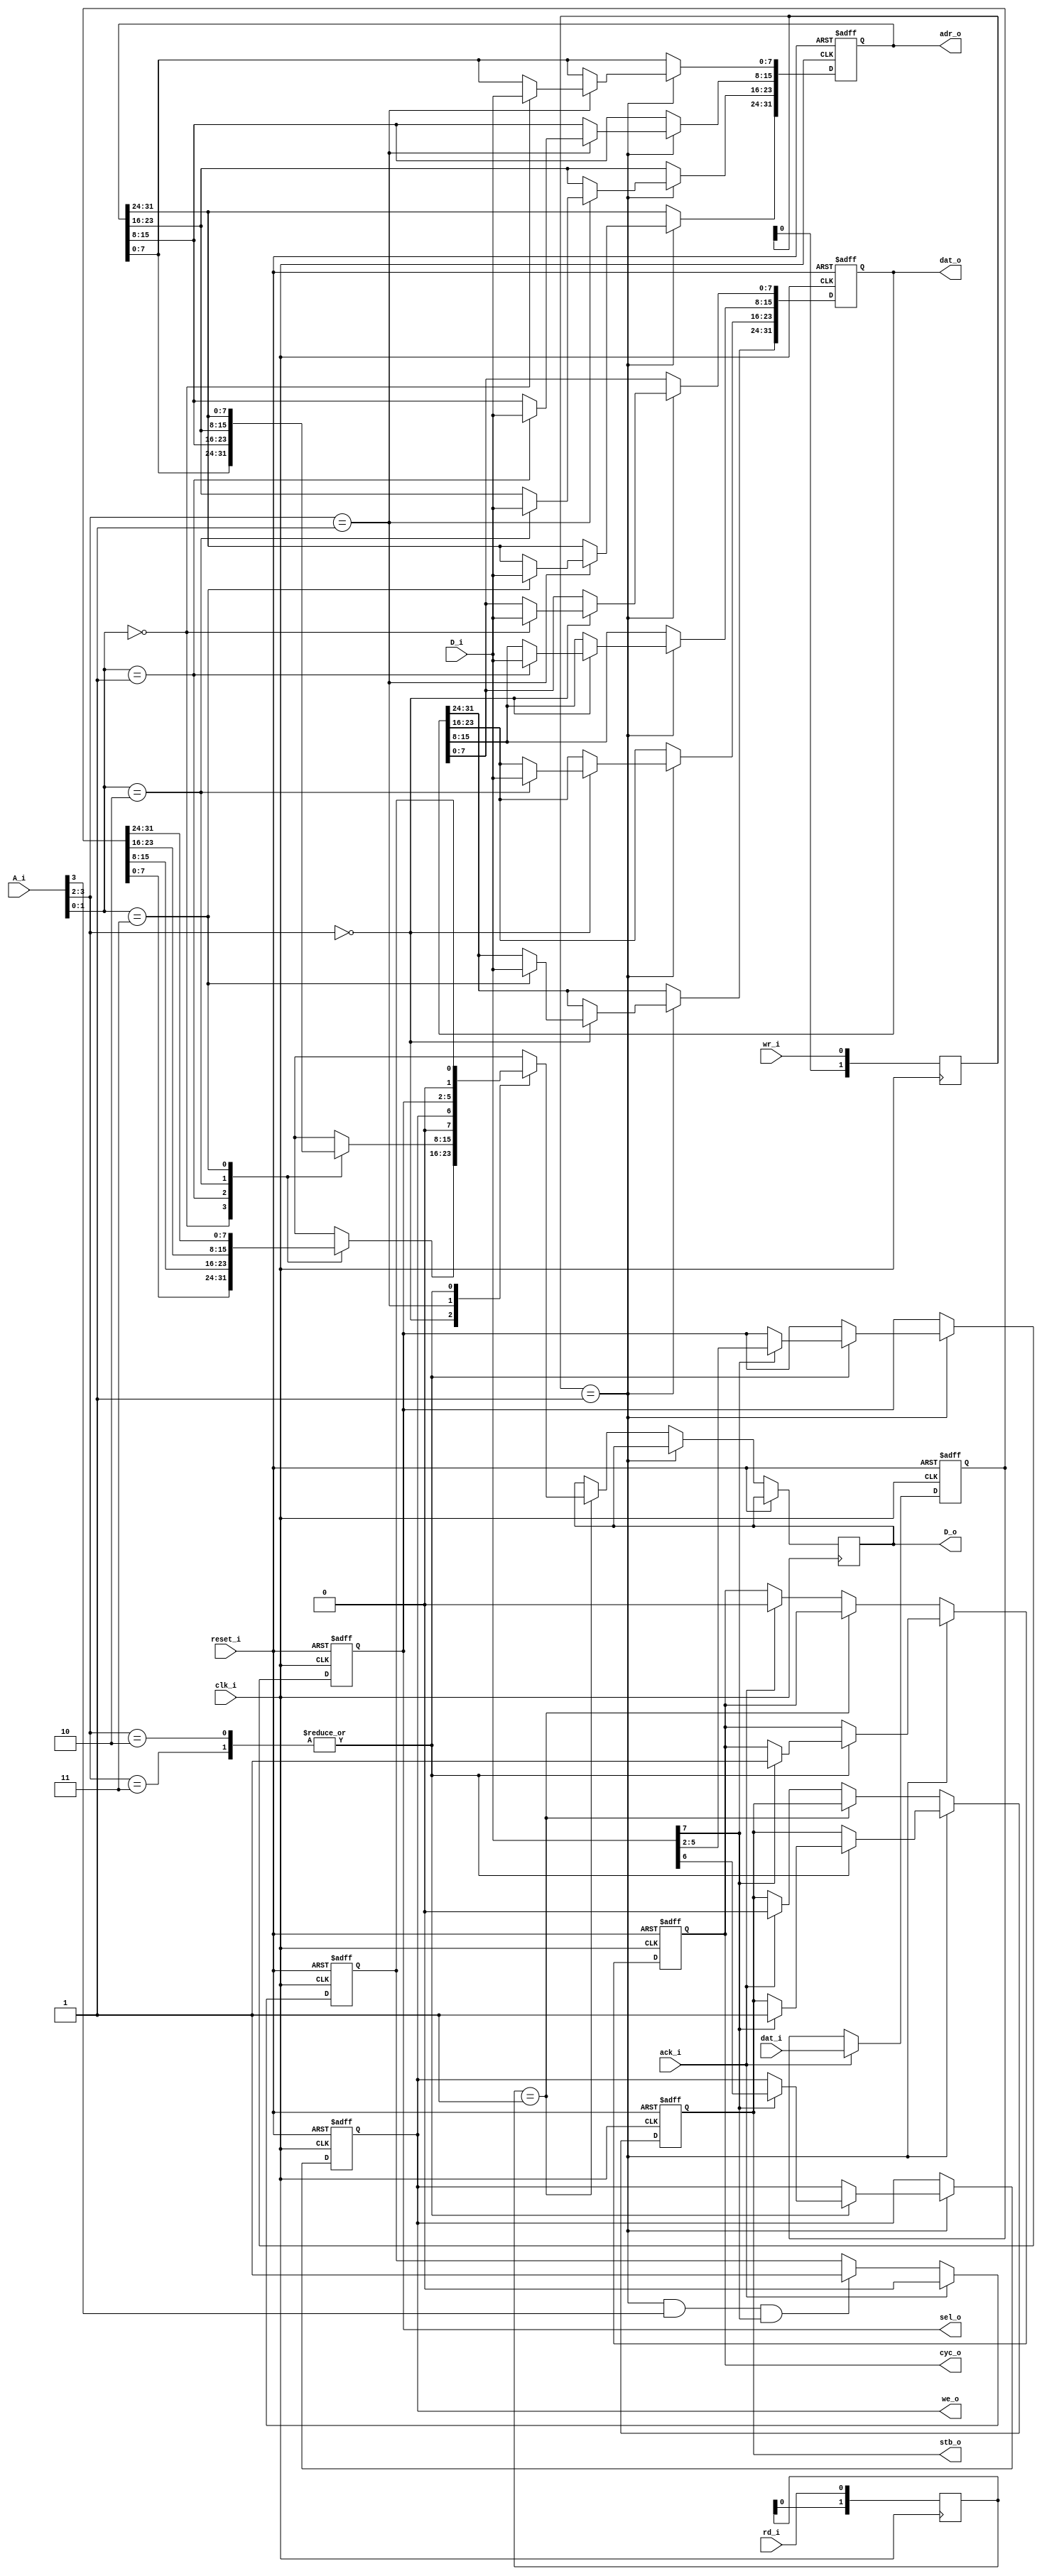
module up2wb ( 
	input wire			clk_i,
	input wire			reset_i,
	input wire 	[3:0] A_i,
	input wire 	[7:0] D_i,
	output reg 	[7:0] D_o,
	input wire 			rd_i,
	input wire 			wr_i,
	output reg [31:0]	adr_o,
	output reg [31:0] dat_o,
	output reg			we_o,
	output reg [3:0]	sel_o,
	output reg 			stb_o,
	output reg			cyc_o,
	input wire [31:0]	dat_i,
	input wire			ack_i
	);
	wire rd_rise, wr_rise;
	reg [1:0] track_rd, track_wr;
	reg [31:0] dat_store;
	reg busy;
	assign rd_rise = (track_rd == 2'b01);
	assign wr_rise = (track_wr == 2'b01);
	always @(posedge clk_i) track_rd <= {track_rd[0],rd_i};
	always @(posedge clk_i) track_wr <= {track_wr[0],wr_i};
	always @(posedge clk_i or posedge reset_i)
	if( reset_i )
	begin
		adr_o <= 32'd0;
		dat_o <= 32'd0;
		we_o <= 1'b0;
		sel_o <= 4'd0;
		stb_o <= 1'b0;
		cyc_o <= 1'b0;
	end else begin
		if( wr_rise )
		begin
			case( A_i[3:2] )
				2'b00: 	
					begin
						case( A_i[1:0] )
							2'b00: dat_o[7:0] <= D_i;
							2'b01: dat_o[15:8] <= D_i;
							2'b10: dat_o[23:16] <= D_i;
							2'b11: dat_o[31:24] <= D_i;
						endcase
					end
				2'b01:	
					begin
						case( A_i[1:0] )
							2'b00: adr_o[7:0] <= D_i;
							2'b01: adr_o[15:8] <= D_i;
							2'b10: adr_o[23:16] <= D_i;
							2'b11: adr_o[31:24] <= D_i;
						endcase
					end
				2'b10,2'b11:	
					if( D_i[7] ) begin	
						sel_o <= D_i[5:2];
						we_o <= D_i[6];
						stb_o <= 1'b1;
						cyc_o <= 1'b1;
					end
			endcase
		end 
		else begin
			if( rd_rise ) 
			begin
				case( A_i[3:2] )
					2'b00: 	
						begin
							case( A_i[1:0] )
								2'b00: D_o <= dat_store[7:0];
								2'b01: D_o <= dat_store[15:8];
								2'b10: D_o <= dat_store[23:16];
								2'b11: D_o <= dat_store[31:24];
							endcase
						end
					2'b01:	
						begin
							case( A_i[1:0] )
								2'b00: D_o <= adr_o[7:0];
								2'b01: D_o <= adr_o[15:8];
								2'b10: D_o <= adr_o[23:16];
								2'b11: D_o <= adr_o[31:24];
							endcase
						end
					2'b10,2'b11:	
						D_o <= {1'b0, we_o, sel_o, 1'b0, busy};
				endcase
			end
			else if( ack_i ) begin
				stb_o <= 1'b0;
				cyc_o <= 1'b0;
			end
		end
	end
	always @(posedge clk_i or posedge reset_i)
	if( reset_i ) begin
		dat_store <= 32'd0;
		busy <= 1'b0;
	end
	else begin
		if( ack_i ) begin
			dat_store <= dat_i;
			busy <= 1'b0;
		end
		else	
		if( wr_rise & A_i[3] & D_i[7] ) busy <= 1'b1;
	end
endmodule